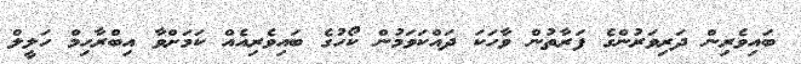
ބައިވެރިން ދަރިވަރުންގެ ފަރާތުން ވާހަކަ ދައްކަވަމުން ކޯހުގެ ބައިވެރިއެއް ކަމަށްވާ އިބްރާހިމް ހަލީލް